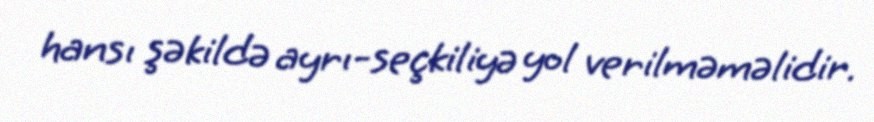
hansı şəkildə ayrı-seçkiliyə yol verilməməlidir.